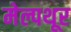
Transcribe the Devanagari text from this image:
मेल्पथूर